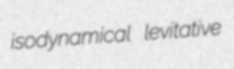
isodynamical levitative